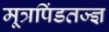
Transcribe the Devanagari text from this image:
मूत्रपिंडतज्‍ज्ञ